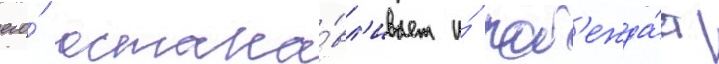
его́ остана́вл'ивает и́ поб'ежда́ет